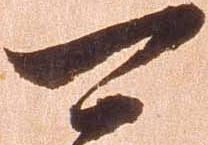
可